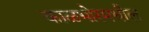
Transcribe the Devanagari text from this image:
काळभोरमधील